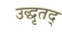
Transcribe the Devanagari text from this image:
उद्धृतद्